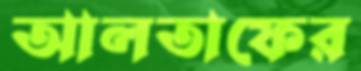
আলতাফের